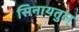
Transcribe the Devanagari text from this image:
सिनायतुल्